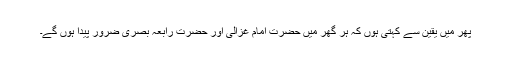
پھر میں یقین سے کہتی ہوں کہ ہر گھر میں حضرت امام غزالی اور حضرت رابعہ بصری ضرور پیدا ہوں گے۔